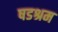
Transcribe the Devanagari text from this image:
षडश्रम